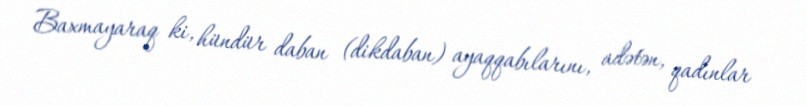
Baxmayaraq ki, hündür daban (dikdaban) ayaqqabılarını, adətən, qadınlar